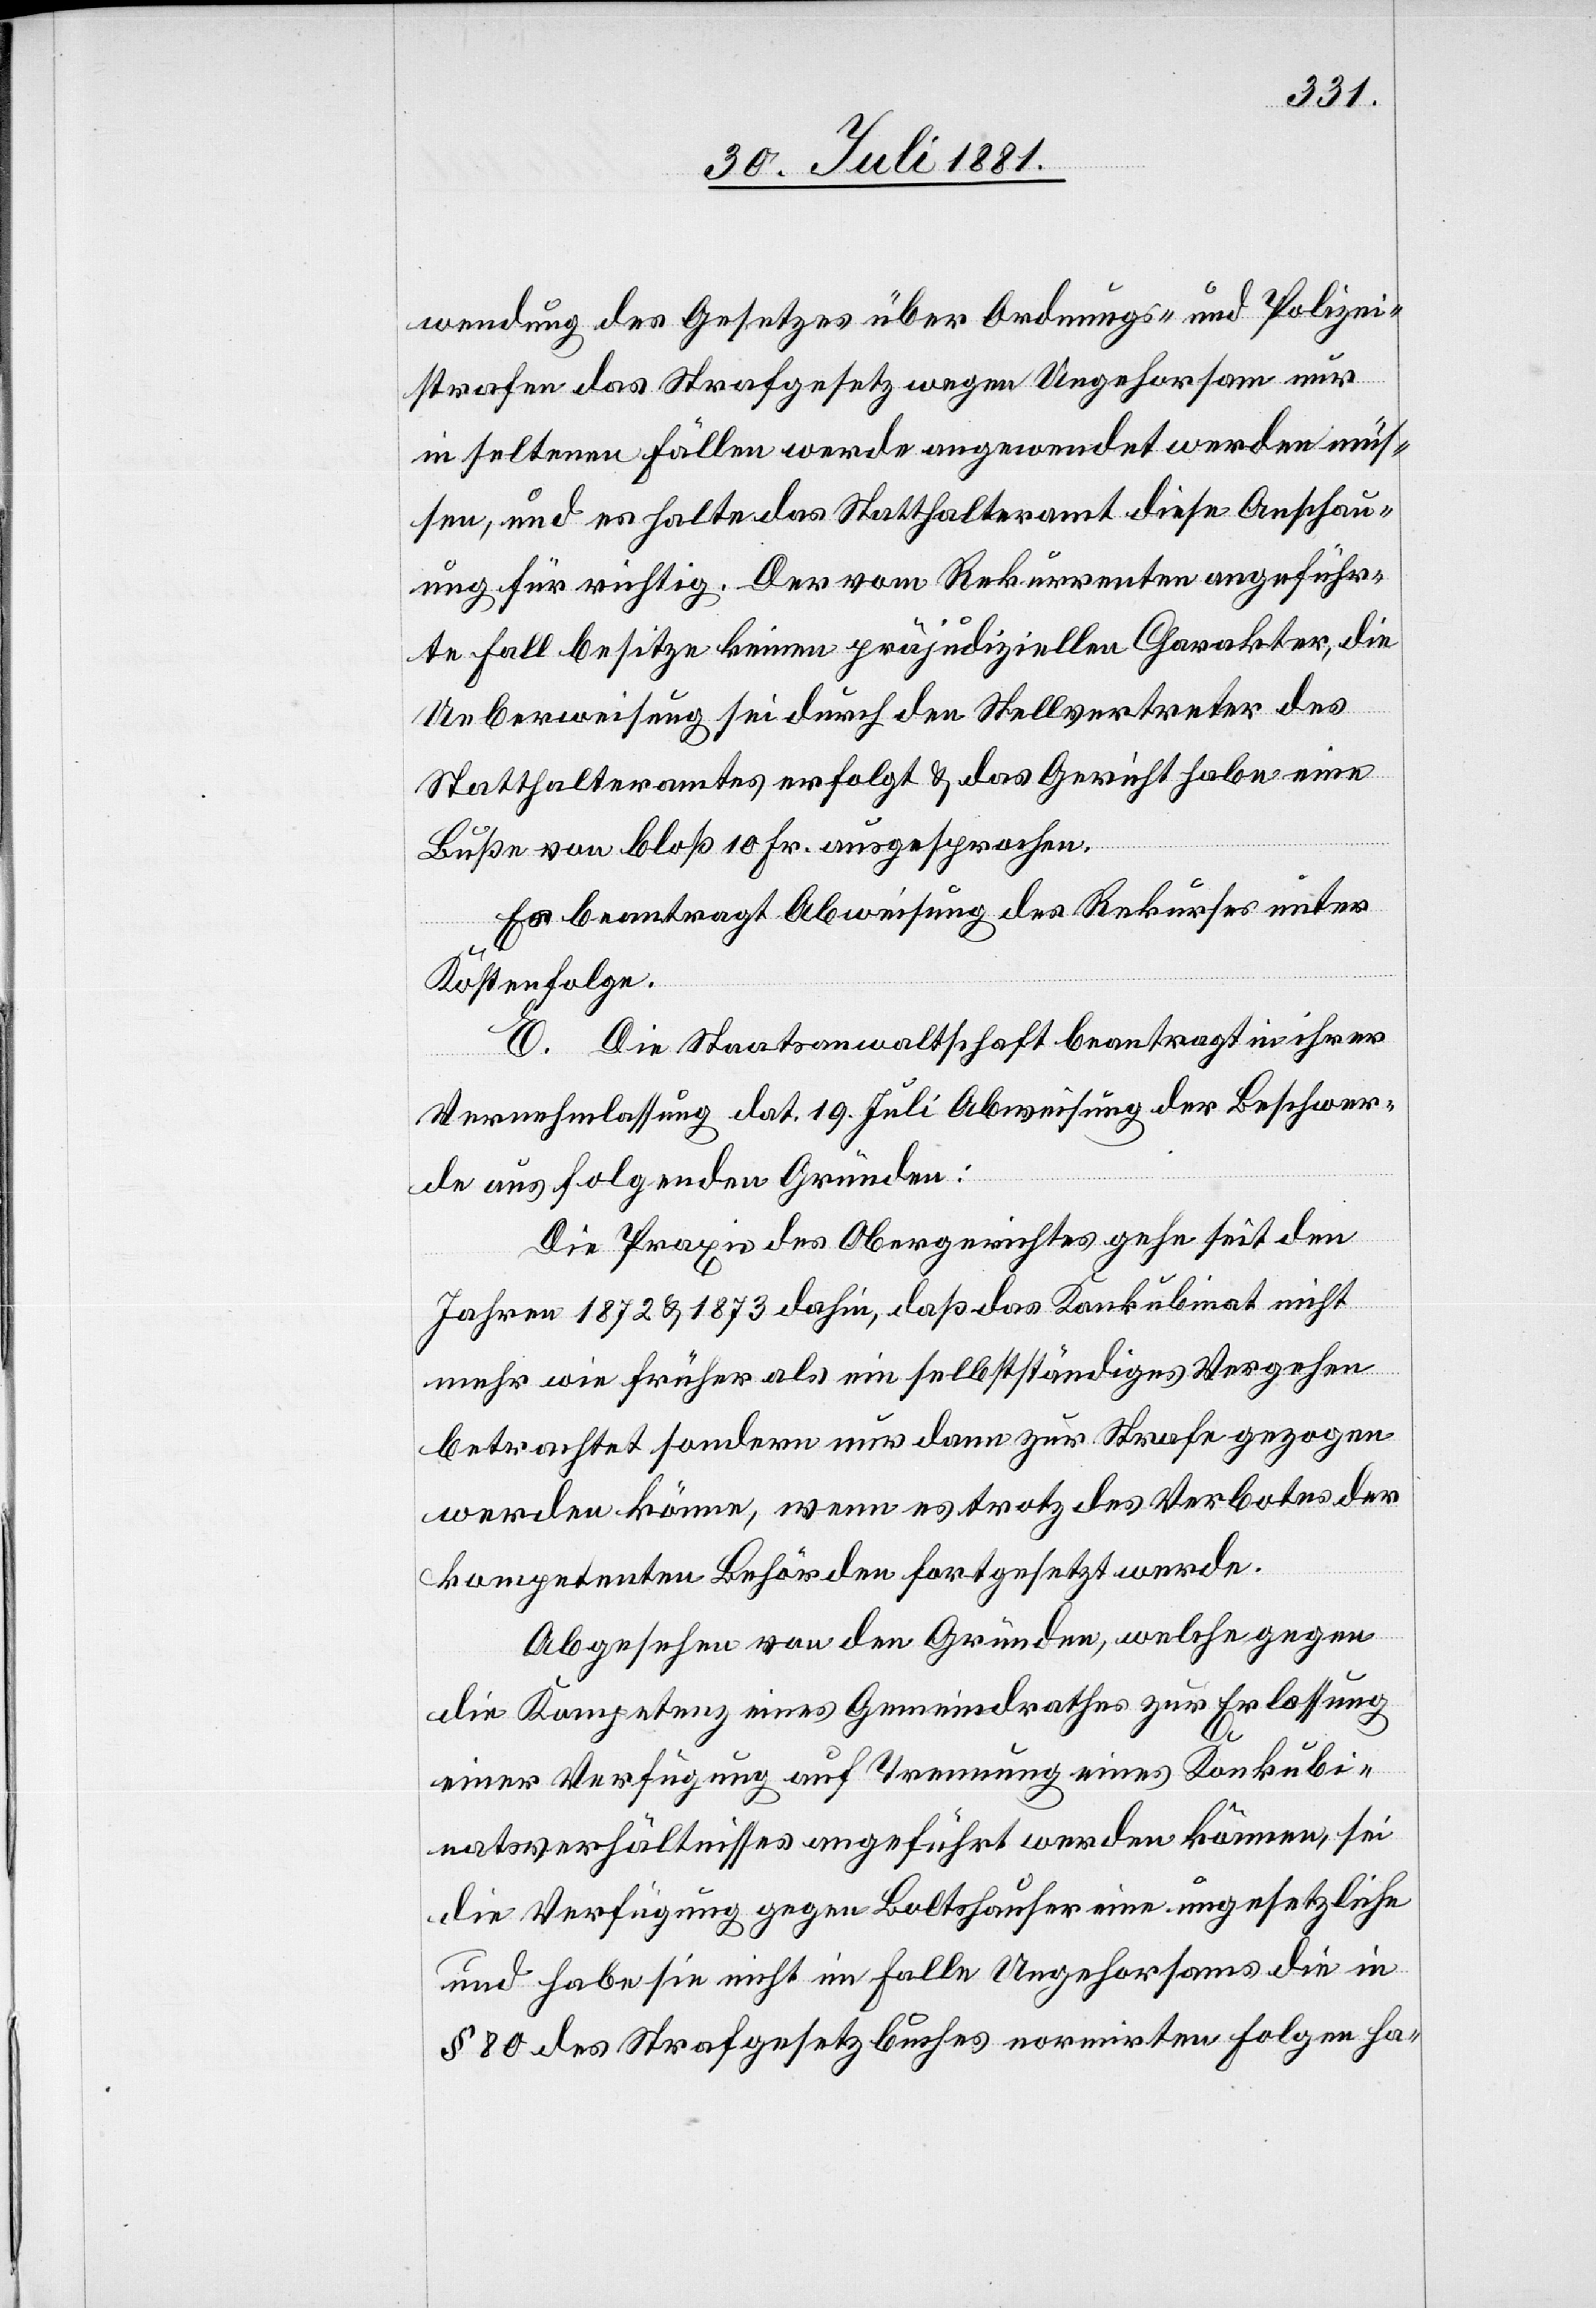
wendung des Gesetzes über Ordnungs- und Polizei¬
strafen das Strafgesetz wegen Ungehorsam nur
in seltenen Fällen werde angewendet werden müs¬
sen, und es halte das Statthalteramt diese Anschau¬
ung für richtig. Der vom Rekurrenten angeführ¬
te Fall besitze keinen präjudiziellen Charakter, die
Ueberweisung sei durch den Stellvertreter des
Statthalteramtes erfolgt & das Gericht habe eine
Buße von bloß 10 Fr. ausgesprochen-
Es beantragt Abweisung des Rekurses unter
Kostenfolge.
E. Die Staatsanwaltschaft beantragt in ihrer
Vernehmlassung dat. 19. Juli Abweisung der Beschwer¬
de aus folgenden Gründen:
Die Praxis des Obergerichtes gehe seit den
Jahren 1872 & 1873 dahin, daß das Konkubinat nicht
mehr wie früher als ein selbstständiges Vergehen
betrachtet sondern nur dann zur Strafe gezogen
werden könne, wenn es trotz des Verbotes der
kompetenten Behörden fortgesetzt werde.
Abgesehen von den Gründen, welche gegen
die Kompetenz eines Gemeindrathes zur Erlassung
einer Verfügung auf Trennung eines Konkubi¬
natsverhältnisses angeführt werden könnte, sei
die Verfügung gegen Boltshauser eine ungesetzliche
und habe sie nicht im Falle Ungehorsams die in
§ 80 des Strafgesetzbuches normirten Folgen ha-